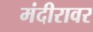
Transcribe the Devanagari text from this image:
मंदीरावर